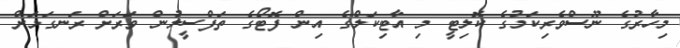
މިހާރުގެ ނޫސްވެރިކަމުގެ ކޮލިޓީ މި އާޓިކަލްގެ އިން ފޮޓޯގެ ތަފްސީލުން ވަރަށް ރަނގަޅަށް